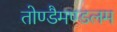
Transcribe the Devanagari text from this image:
तोण्डैमण्डलम